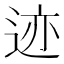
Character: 迹